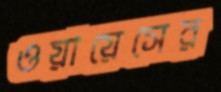
ওয়ায়েসের